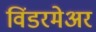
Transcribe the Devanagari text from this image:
विंडरमेअर